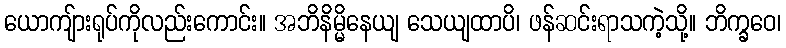
ယောကျ်ားရုပ်ကိုလည်းကောင်း။ အဘိနိမ္မိနေယျ သေယျထာပိ၊ ဖန်ဆင်းရာသကဲ့သို့။ ဘိက္ခဝေ၊